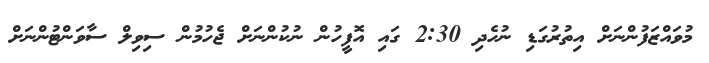
މުވައްޒަފުންނަށް އިތުރުގަޑި ނުހެދި 2:30 ގައި އޮފީހުން ނުކުންނަށް ޖެހުމުން ސިވިލް ސާވަންޓުންނަށް